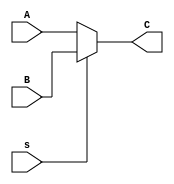
module MUX16_2_1 (input [15:0] A, output wire [15:0] C,
                  input [15:0] B,
                  input s);

	assign C = (s ? B : A);

endmodule